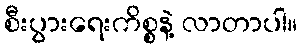
စီးပွားရေးကိစ္စနဲ့ လာတာပါ။